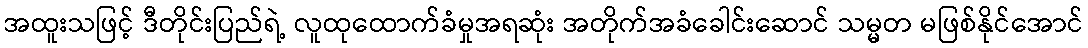
အထူးသဖြင့် ဒီတိုင်းပြည်ရဲ့ လူထုထောက်ခံမှုအရဆုံး အတိုက်အခံခေါင်းဆောင် သမ္မတ မဖြစ်နိုင်အောင်